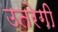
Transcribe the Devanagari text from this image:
उतरेगी